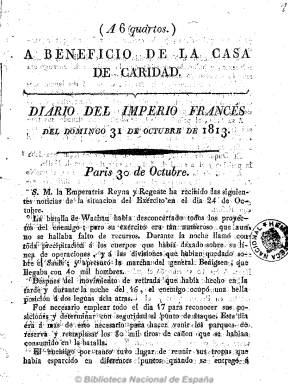
Título: Diario del imperio francés (Reimp. en Reus)
Colección: Periódicos anteriores a 1850
Ámbito geográfico: Tarragona
Lugar de publicación: Reus [Tarragona]
Fechas: 31/10/1813-31/10/1813

Periódico de ocho páginas correspondiente al domingo, 31 de octubre de 1813, salido de la imprenta reusense de Rubió. Siguiendo a Gómez Ímaz, sería una reimpresión del diario del mismo título publicado por los invasores napoleónicos en la población barcelonesa de Vic. Sin embargo, Checa Godoy enmienda que esta publicación fuera afrancesada, ya que la ciudad de Vic, que había sido fugazmente ocupada por el ejército francés, en esa fecha no lo estaba, ni tampoco Reus. El Diario del imperio francés, del que se conoce sólo esta edición, está compuesto por una larga crónica, fechada en París, el 30 de octubre de 1813, en la que se da cuenta de las batallas de Leipzig y Wachau, que habrían sido traducidas de las publicadas por Journal L’Empire, el periódico que desde 1805 se había convertido en el oficial del imperio napoleónico. En lo insólito de este periódico abunda Checa Godoy al señalar que, precisamente, en Leipzig habían sido derrotados los ejércitos franceses, a lo que se añade que sobre el título del periódico aparece la leyenda “A beneficio de la Casa de Caridad”, que había sido una iniciativa del doctor Jaime Ardèvol (1773-1835), quien a partir del cuatro de octubre de ese mismo año había empezado a publicar el Periódico político y mercantil de la villa de Reus, y que durante el trienio liberal (1820-1823) fue uno de los científicos liberales exiliados en Londres.